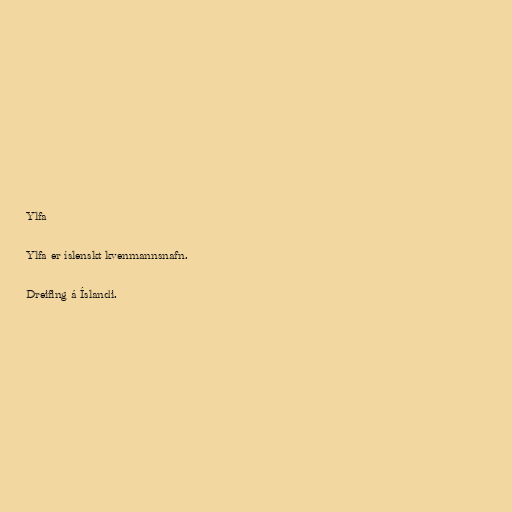
Ylfa

Ylfa er íslenskt kvenmannsnafn.

Dreifing á Íslandi.